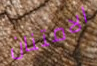
الامتنان